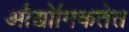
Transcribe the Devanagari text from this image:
औद्योगिकतेत